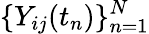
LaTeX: \{ Y_{ij}(t_{n})\} _{n=1}^{N}